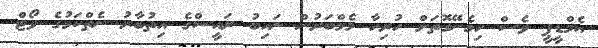
އެމްޑީޕީ ވެސް ހިމެނޭގޮތަށް ހުރިހާ މެމްބަރުން ނައިބު ރައީސްގެ އިތުބާރު ނެތްކަމުގެ ވޯޓް